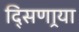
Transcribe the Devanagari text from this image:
दि्सणार्‍या